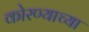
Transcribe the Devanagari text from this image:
कोरण्याच्या